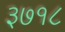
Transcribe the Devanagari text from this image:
३७१८